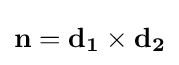
\mathbf {n} =\mathbf {d_{1}} \times \mathbf {d_{2}}